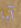
آبا